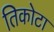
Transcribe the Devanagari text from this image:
तिकोटा